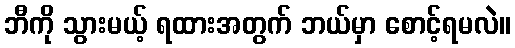
ဘီကို သွားမယ့် ရထားအတွက် ဘယ်မှာ စောင့်ရမလဲ။